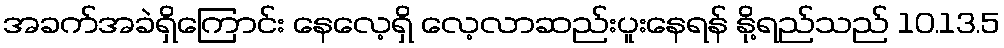
အခက်အခဲရှိကြောင်း နေလေ့ရှိ လေ့လာဆည်းပူးနေရန် နို့ရည်သည် 10.13.5